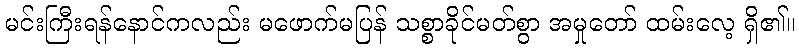
မင်းကြီးရန်နောင်ကလည်း မဖောက်မပြန် သစ္စာခိုင်မတ်စွာ အမှုတော် ထမ်းလေ့ ရှိ၏။